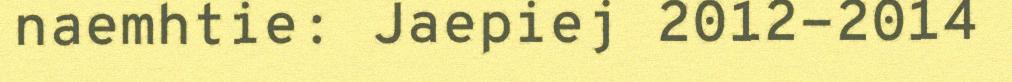
naemhtie: Jaepiej 2012-2014